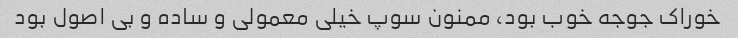
خوراک جوجه خوب بود، ممنون سوپ خیلی معمولی و ساده و بی اصول بود